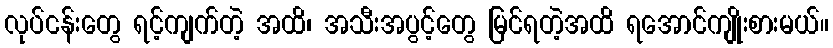
လုပ်ငန်းတွေ ရင့်ကျက်တဲ့ အထိ၊ အသီးအပွင့်တွေ မြင်ရတဲ့အထိ ရအောင်ကျိုးစားမယ်။